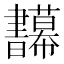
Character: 𢆅